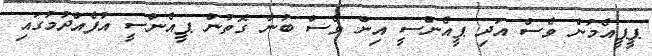
ޕީޕީއެމުން ވެސް އަދި ޕީއެންސީ އިން ވެސް ބުނާ ގޮތުން ޕީއެންސީ އުފެއްދުމުގައި